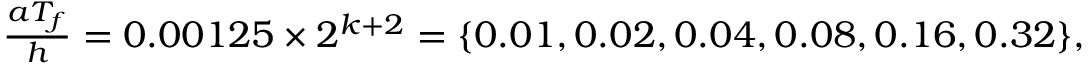
\begin{array} { r } { \frac { a T _ { f } } { h } = 0 . 0 0 1 2 5 \times 2 ^ { k + 2 } = \{ 0 . 0 1 , 0 . 0 2 , 0 . 0 4 , 0 . 0 8 , 0 . 1 6 , 0 . 3 2 \} , } \end{array}